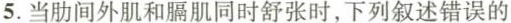
5.当肋间外肌和膈肌同时舒张时，下列叙述错误的